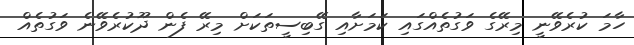
ހާމަ ކުރެވޭނީ މިރޭގެ ވަގުތެއްގައި ކަމަށާއި ގޭބިސީތަކަށް މިރޭ ފެން ދޫކުރެވޭނެ ވަގުތެއް